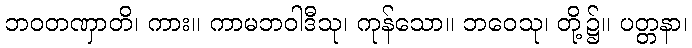
ဘဝတဏှာတိ၊ ကား။ ကာမဘဝါဒီသု၊ ကုန်သော။ ဘဝေသု၊ တို့၌။ ပတ္တနာ၊